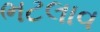
ભટલાવ